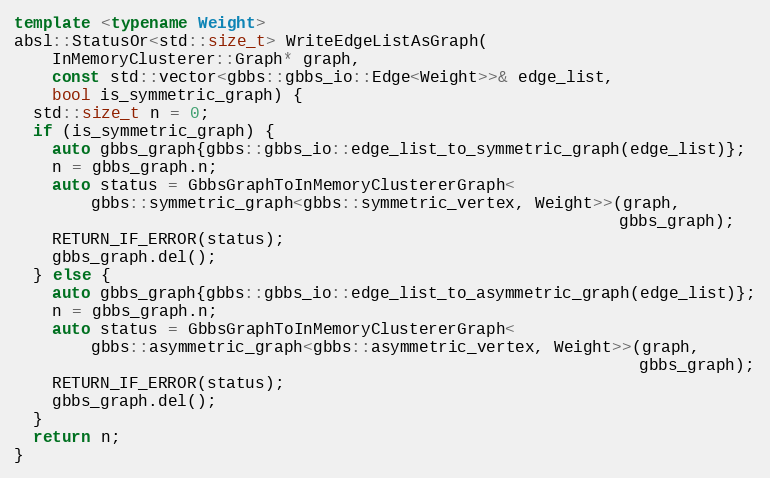
Language: C++
template <typename Weight>
absl::StatusOr<std::size_t> WriteEdgeListAsGraph(
    InMemoryClusterer::Graph* graph,
    const std::vector<gbbs::gbbs_io::Edge<Weight>>& edge_list,
    bool is_symmetric_graph) {
  std::size_t n = 0;
  if (is_symmetric_graph) {
    auto gbbs_graph{gbbs::gbbs_io::edge_list_to_symmetric_graph(edge_list)};
    n = gbbs_graph.n;
    auto status = GbbsGraphToInMemoryClustererGraph<
        gbbs::symmetric_graph<gbbs::symmetric_vertex, Weight>>(graph,
                                                               gbbs_graph);
    RETURN_IF_ERROR(status);
    gbbs_graph.del();
  } else {
    auto gbbs_graph{gbbs::gbbs_io::edge_list_to_asymmetric_graph(edge_list)};
    n = gbbs_graph.n;
    auto status = GbbsGraphToInMemoryClustererGraph<
        gbbs::asymmetric_graph<gbbs::asymmetric_vertex, Weight>>(graph,
                                                                 gbbs_graph);
    RETURN_IF_ERROR(status);
    gbbs_graph.del();
  }
  return n;
}